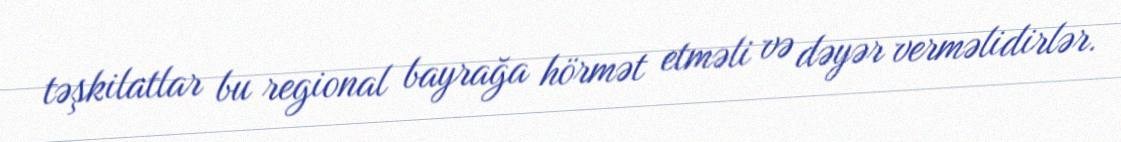
təşkilatlar bu regional bayrağa hörmət etməli və dəyər verməlidirlər.